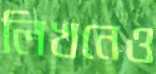
লিখনেও